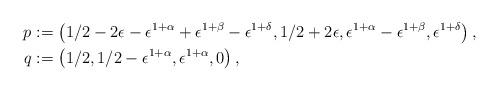
LaTeX: \begin{align*}p & := \left(1/2 - 2\epsilon - \epsilon^{1 + \alpha} + \epsilon^{1 + \beta} - \epsilon^{1 + \delta}, 1/2 + 2\epsilon, \epsilon^{1 + \alpha} - \epsilon^{1 + \beta}, \epsilon^{1 + \delta}\right), \\q & := \left(1/2,1/2- \epsilon^{1 + \alpha}, \epsilon^{1 + \alpha}, 0\right),\end{align*}